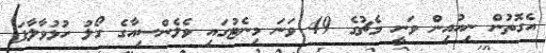
އެގޮތުން ނިއުއިން ވަނީ މެޗުގެ 49 ވަނަ މިނެޓުގައި ވެލެންސިއާގެ ގޯލު ހުޅުވާލާފަ